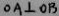
0 A \bot O B